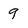
Character: 9